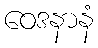
ဝေဒနာနံ